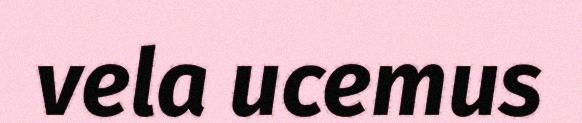
vela ucemus